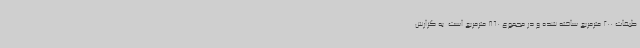
طبقات 200 مترمربع ساخته شده و در مجموع 860 مترمربع است. به گزارش